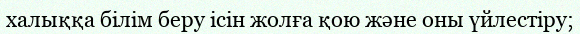
халыққа білім беру ісін жолға қою және оны үйлестіру;